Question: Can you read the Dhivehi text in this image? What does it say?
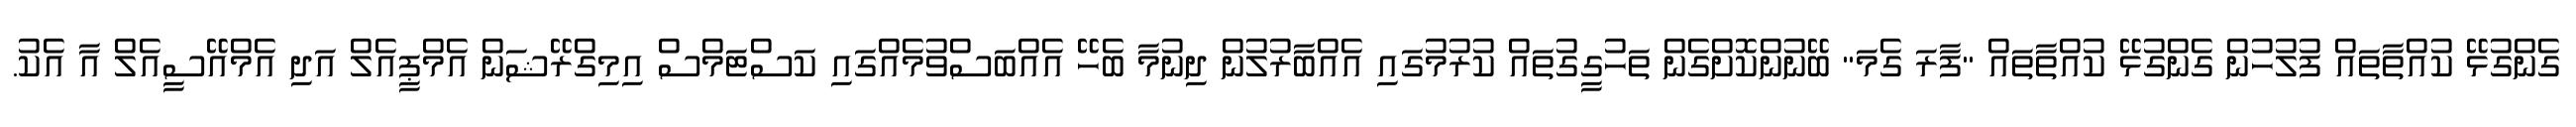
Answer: ގެންގުޅޭ ކުއްތާތައް ފުލުހުން ގެންގުޅޭ ކުއްތާތައް "ފާރަ ގެމަ" ބޭނުންކޮށްގެން ތަހުގީގުތައް ކުރުމުގައި އެއްބާރުލުން ދިނުމާ ބެހޭ އެއްބަސްވުމެއްގައި ކަސްޓަމްސް އިމިގްރޭޝަން އެމްޕީއެލް އަދި އެމްއޭސީއެލް އާ އެކު.